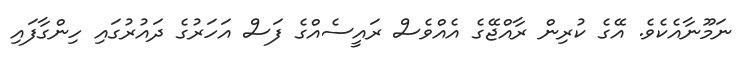
ނަމޫނާއެކެވެ. އޭގެ ކުރިން ރާއްޖޭގެ އެއްވެސް ރައީސެއްގެ ފަސް އަހަރުގެ ދައުރުގައި ހިންގާފައި